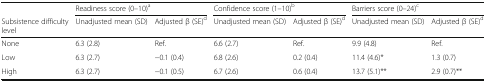
<table><thead><tr><td></td><td colspan="2"><b>Readiness score (0–10)<sup>a</sup></b></td><td colspan="2"><b>Confidence score (1–10)<sup>b</sup></b></td><td colspan="2"><b>Barriers score (0–24)<sup>c</sup></b></td></tr><tr><td><b>Subsistence difficulty level</b></td><td><b>Unadjusted mean (SD)</b></td><td><b>Adjusted β (SE)<sup>d</sup></b></td><td><b>Unadjusted mean (SD)</b></td><td><b>Adjusted β (SE)<sup>d</sup></b></td><td><b>Unadjusted mean (SD)</b></td><td><b>Adjusted β (SE)<sup>d</sup></b></td></tr></thead><tbody><tr><td>None</td><td>6.3 (2.8)</td><td>Ref.</td><td>6.6 (2.7)</td><td>Ref.</td><td>9.9 (4.8)</td><td>Ref.</td></tr><tr><td>Low</td><td>6.3 (2.7)</td><td>−0.1 (0.4)</td><td>6.8 (2.6)</td><td>0.2 (0.4)</td><td>11.4 (4.6)*</td><td>1.3 (0.7)</td></tr><tr><td>High</td><td>6.3 (2.7)</td><td>−0.1 (0.5)</td><td>6.7 (2.6)</td><td>0.6 (0.4)</td><td>13.7 (5.1)**</td><td>2.9 (0.7)**</td></tr></tbody></table>